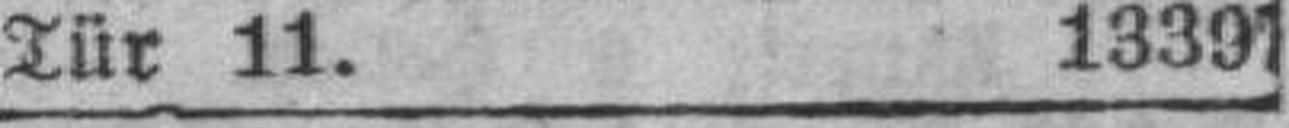
Tür 11. 13391